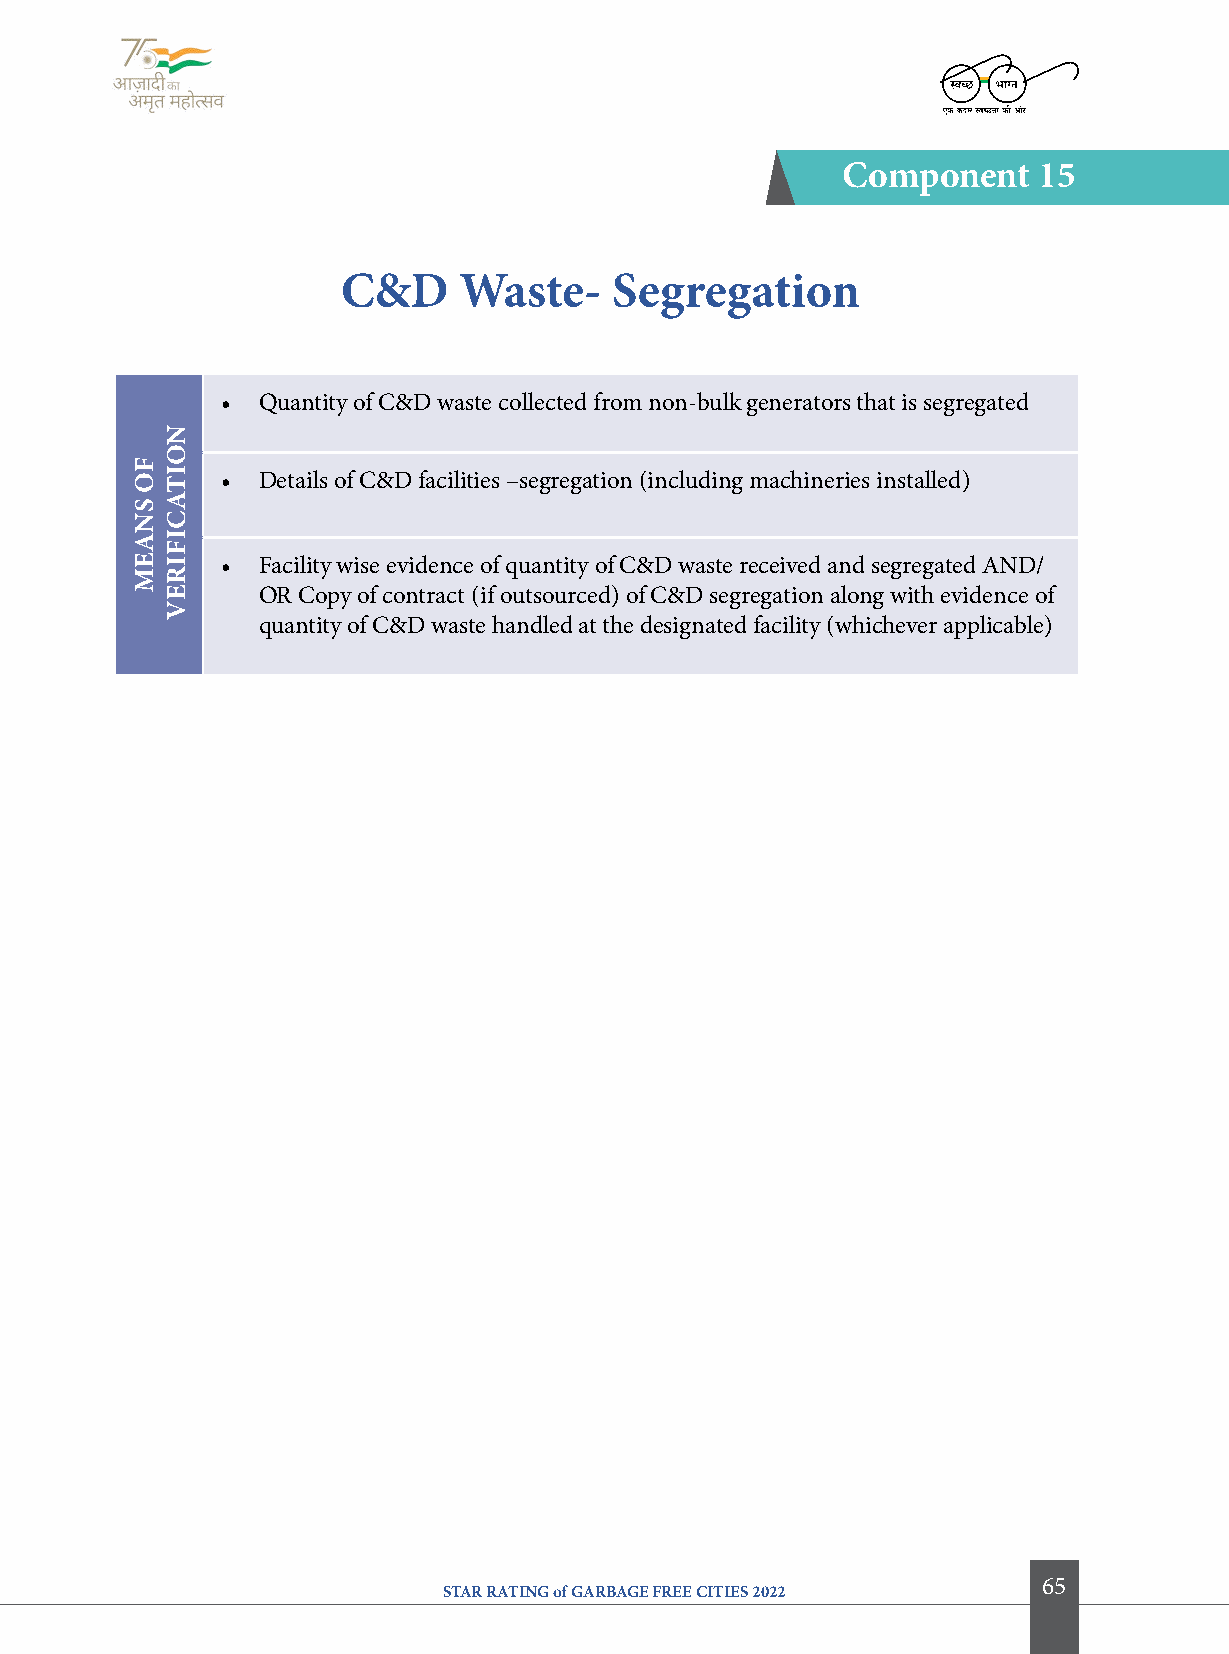
component    15
 c&D    Waste-    Segregation
 • Quantity of C&D waste collected from non-bulk generators that is segregated
 • Details of C&D facilities –segregation (including machineries installed)
 • Facility wise evidence of quantity of C&D waste received and segregated AND/
 OR Copy of contract (if outsourced) of C&D segregation along with evidence of
 quantity of C&D waste handled at the designated facility (whichever applicable)
 65
 STAR RATING of GARBAGE FREE CITIES 2022
 fo
 SNaeM
 NoitacifireV